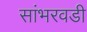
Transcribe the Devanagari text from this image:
सांभरवडी